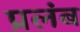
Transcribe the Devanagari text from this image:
प्रलंब